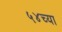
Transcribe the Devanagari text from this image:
५४च्या